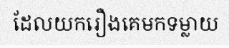
ដែលយករឿងគេមកទម្លាយ